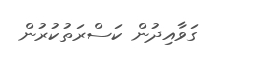
ގަވާއިދުން ކަސްރަތުކުރުން